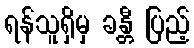
ရန်သူရှိမှ ခန္တီ ပြည့်